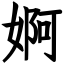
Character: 婀